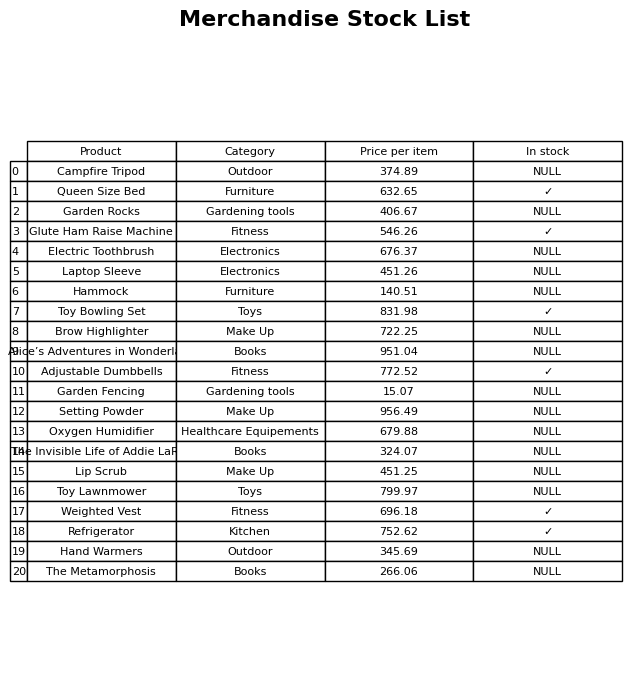
question: What is the stock status of the Refrigerator?
answer: ✓